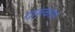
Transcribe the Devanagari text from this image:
दारुकाम